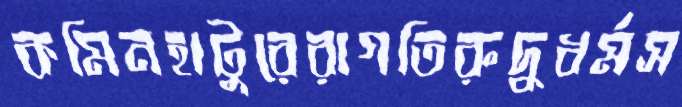
কমিনহাটুরেরাগতিরুদ্ধধর্মস